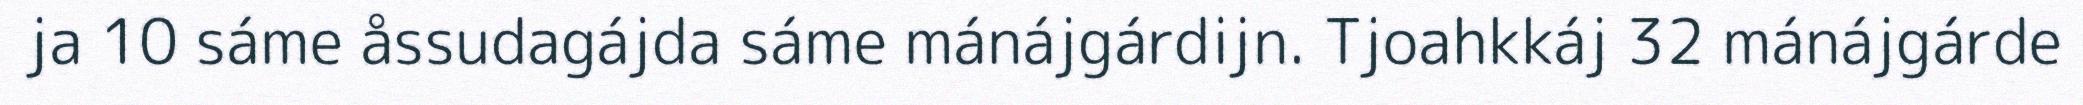
ja 10 sáme åssudagájda sáme mánájgárdijn. Tjoahkkáj 32 mánájgárde